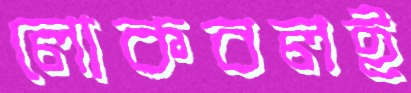
লোকবলই